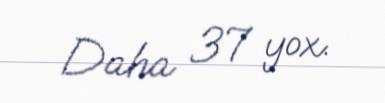
Daha 37 yox.